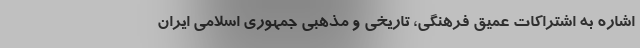
اشاره به اشتراکات عمیق فرهنگی، تاریخی و مذهبی جمهوری اسلامی ایران